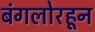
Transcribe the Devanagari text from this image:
बंगलोरहून